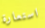
استعارة